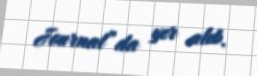
Journal”da yer alıb.